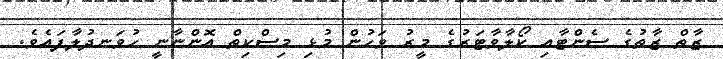
ޒާތް ޒާތުގެ ސެންޓާއި ކޯލާވާޓަރުގެ މީރު ވަހުން މުޅި މިސްކިތް އޮންނާނީ ހުވަނދުލާފައެވެ.